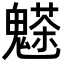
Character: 𩴊